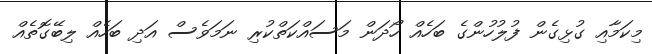
މިކަމާއި ގުޅިގެން ފުލުހުންގެ ބަހެއް ހޯދަން މަސައްކަތްކުރި ނަމަވެސް އަދި ބަހެއް ލިބޭގޮތެއް